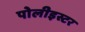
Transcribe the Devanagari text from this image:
पोलीइस्टर